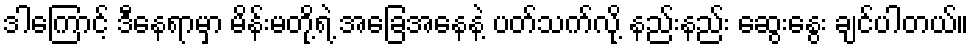
ဒါကြောင့် ဒီနေရာမှာ မိန်းမတို့ရဲ့ အခြေအနေနဲ့ ပတ်သက်လို့ နည်းနည်း ဆွေးနွေး ချင်ပါတယ်။